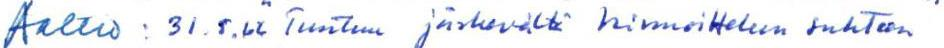
Aaltio : 31.5.66 "Tuntuu järkevältä hinnoittelun suhteen"